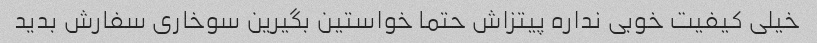
خیلی کیفیت خوبی نداره پیتزاش حتما خواستین بگیرین سوخاری سفارش بدید